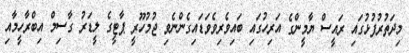
މިދަތުރުފުޅުގައި ރައީސް ޔާމީންގެ އަރިހުގައި ބައިވެރިވެވަޑައިގެންނެވި ޖުމުހޫރީ ޕާޓީގެ ލީޑަރު ގާސިމް އިބްރާހީމާއި